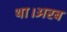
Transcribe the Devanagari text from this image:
था।अरब